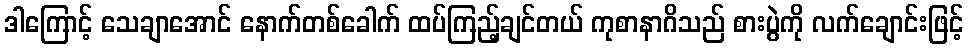
ဒါကြောင့် သေချာအောင် နောက်တစ်ခေါက် ထပ်ကြည့်ချင်တယ် ကုစာနာဂိသည် စားပွဲကို လက်ချောင်းဖြင့်